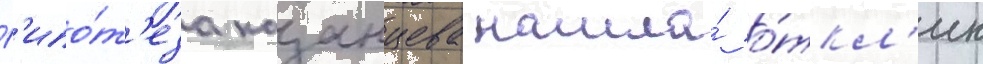
Г'ипо́т'еза казанцева нашла́ о́ткл'ик